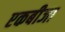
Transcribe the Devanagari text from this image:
एकबीजा